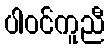
ပါဝင်ကူညီ